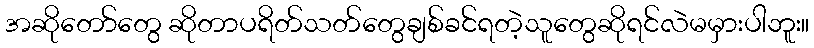
အဆိုတော်တွေ ဆိုတာပရိတ်သတ်တွေချစ်ခင်ရတဲ့သူတွေဆိုရင်လဲမမှားပါဘူး။